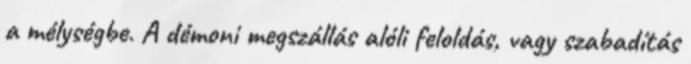
a mélységbe. A démoni megszállás alóli feloldás, vagy szabadítás